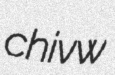
chivw